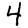
Digit: 4